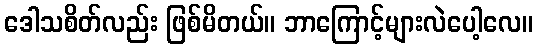
ဒေါသစိတ်လည်း ဖြစ်မိတယ်။ ဘာကြောင့်များလဲပေါ့လေ။